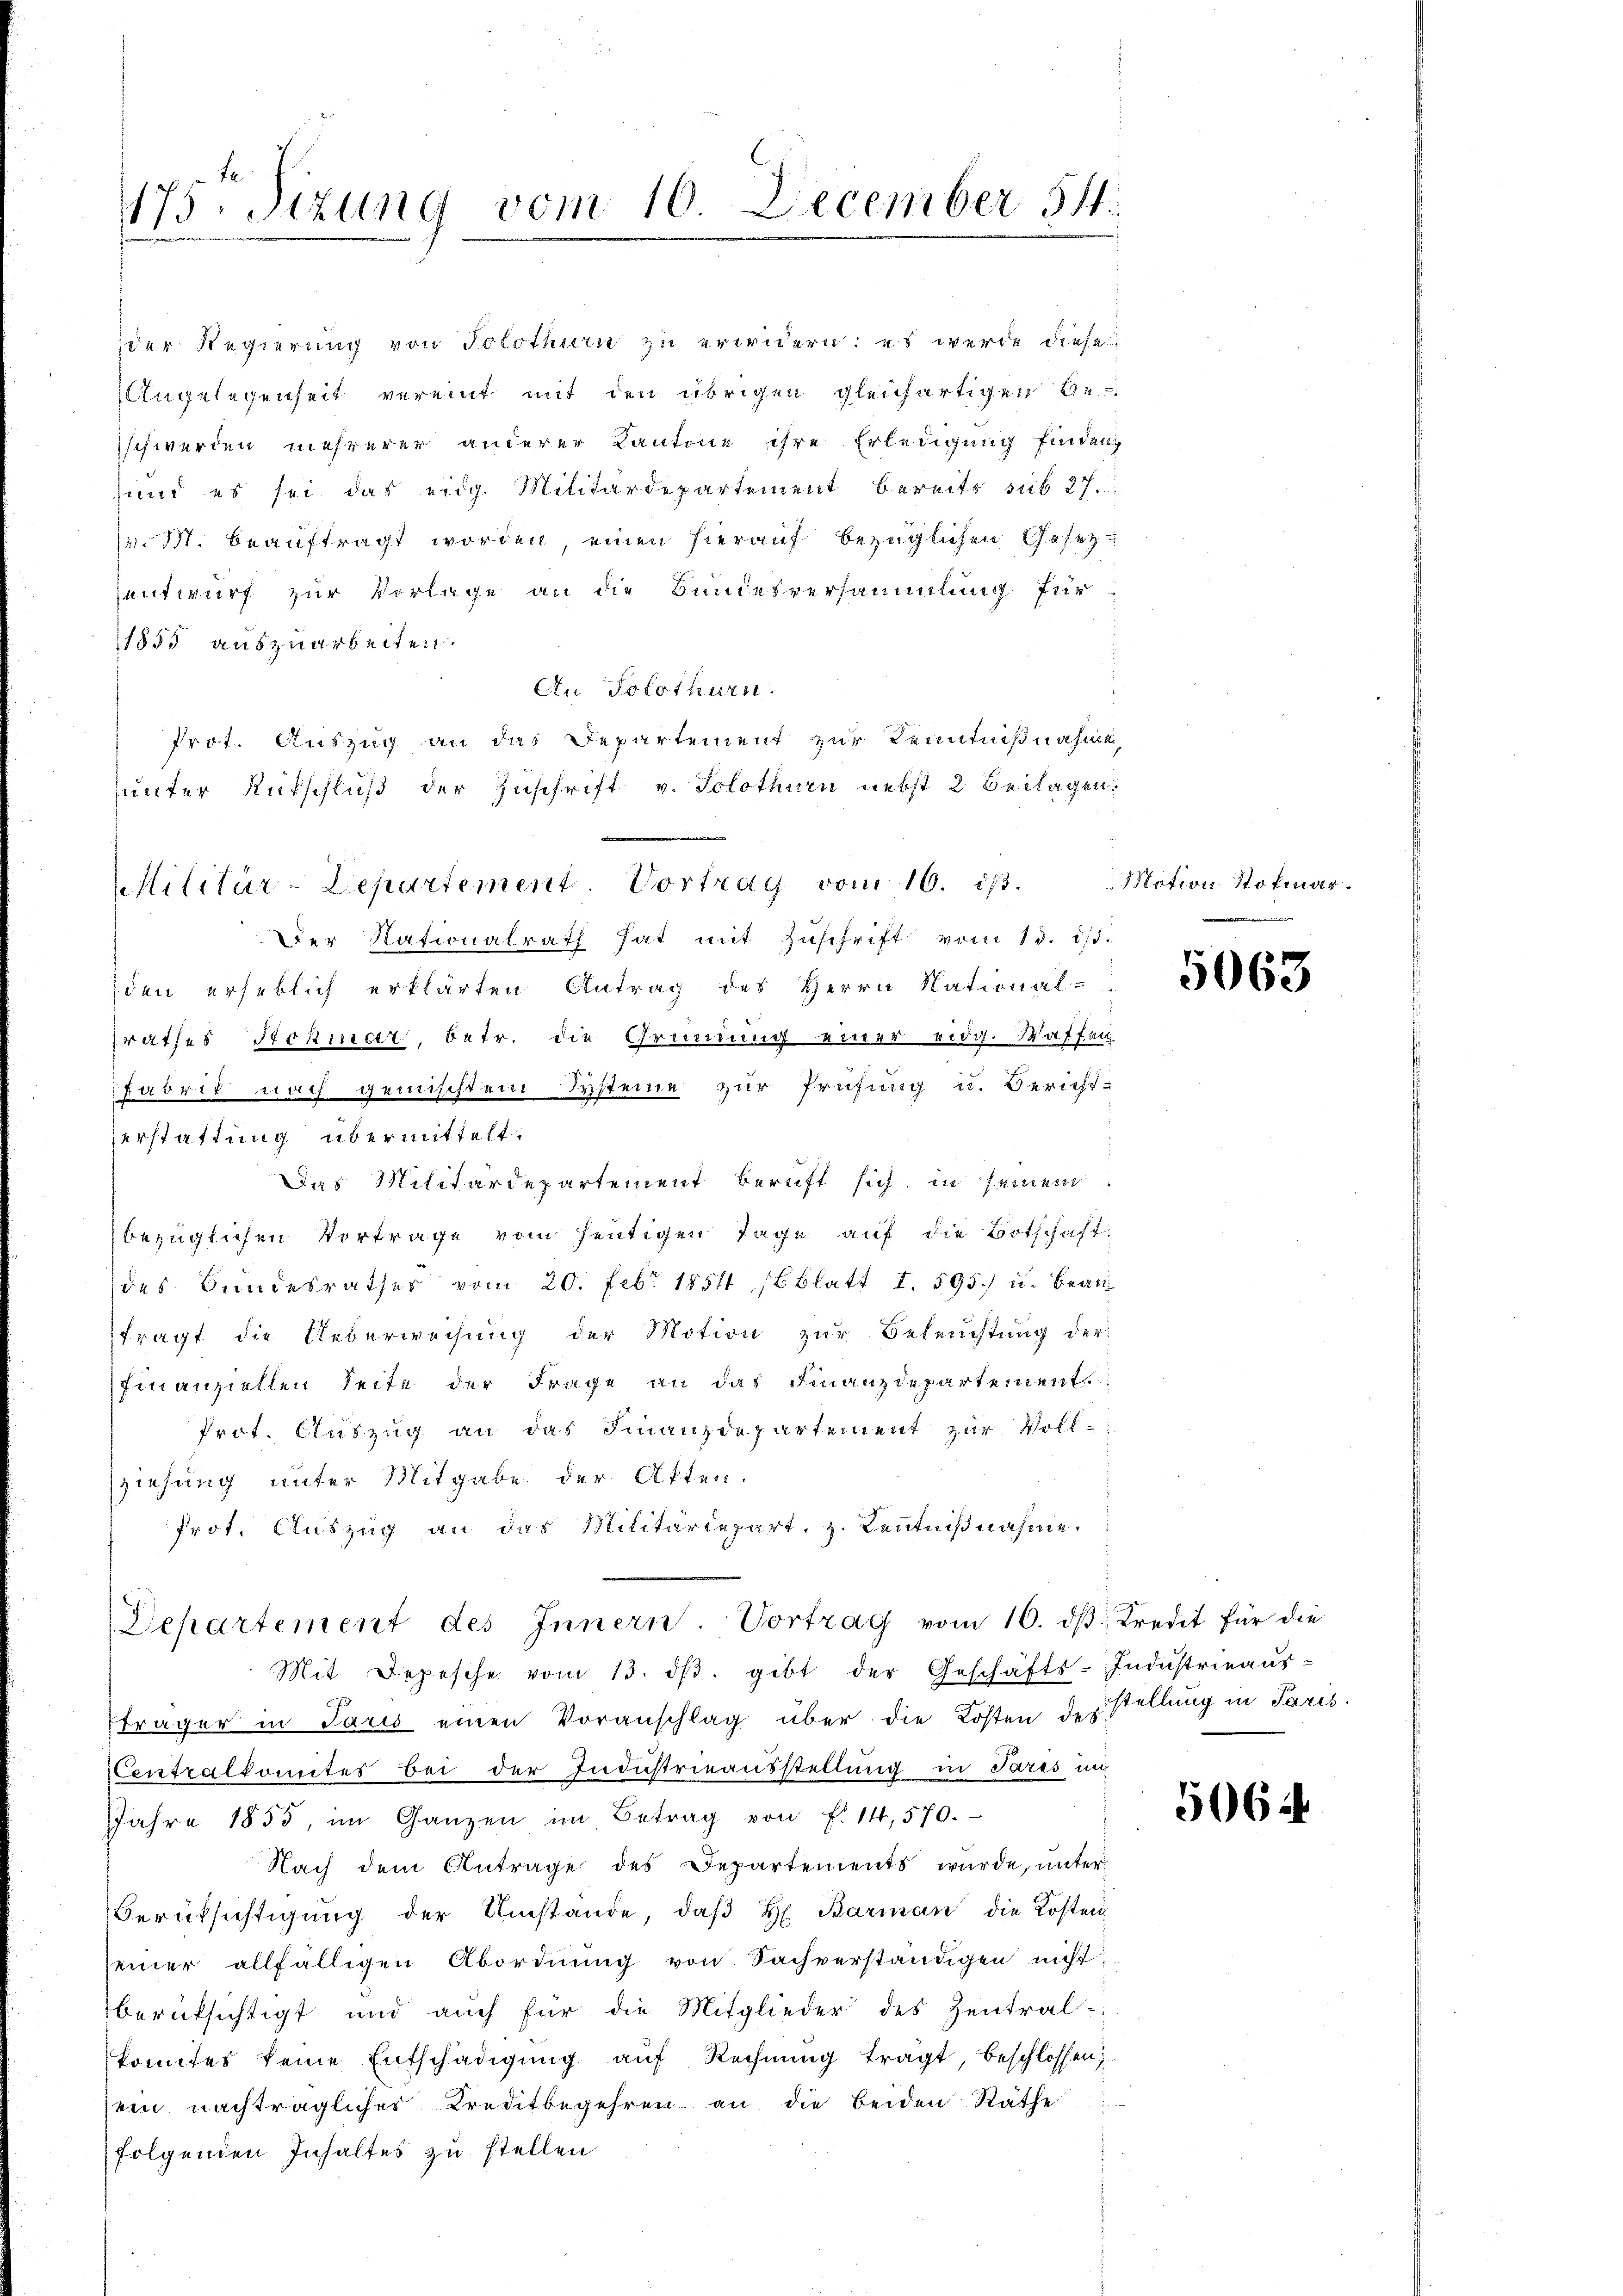
175. Sizung vom 10. December 54.

der Regierung von Solothurn zu erwidern: es werde diese
Angelegenheit vereint mit den übrigen gleichartigen Ge-
schwerden mehrerer anderer Kantone ihre Erledigung finden
sund es sei das eidg. Militärdepartement bereits sub 27.
v. M. beauftragt worden, einen hierauf bezüglichen Gesetzentwurf zur Vorlage an die Bundesversammlung für
1855 auszuarbeiten.
An Solothurn.
Prot. Auszug an das Departement zur Kenntnißnahme,
unter Rutschluß der Zuschrift v. Solothurn nebst 2 Beilagen.
Der Nationalrath hat mit Zuschrift vom 13. d.
den erheblich erklärten Antrag des Herrn National-
srathes Sohner, betr. die Gründung einer eidg. Waffen
Fabrik nach gemischtem Systeme zur Prüfung u. Bericht-
Das Militärdepartement beruft sich in seinem
bezüglichen Vortrage vom heutigen Tage auf die Botschaft:
des Bundesrathes vom 20. Febr. 1854 (Blatt I. 595) u. Bean
fragt die Ueberweisung der Motion zur Beleuchtung der
finanziellen Seite der Frage an das Finanzdepartement
Prot. Auszug an das Finanzdepartement zur Voll-
ziehung unter Mitgabe der Akten.
Prot. Auszug an das Militärdepart, z. Kenntnißnahme.
Departement des Innern. Vortrag vom 10. dβ Kredit für die
Mit Depesche vom 13. dβ. gibt der Geschäfts-Industrieaŭs-
träger in Paris einen Voranschlag über die Kosten des stellung in Paris.
Centralkomites bei der Industrieausstellung in Pares in
JJahre 1855, im Ganzen im Betrag von f. 14, 570.
Nach dem Antrage des Departements wŭrde, ŭnter-
Berüksichtigung der Umstände, daß H. Barman die Kosten
seiner allfälligen Abordnŭng von Sachverständigen nicht
berücksichtigt und auch für die Mitglieder des Zentral-
konntes keine Entschädigung auf Rechnung trägt, beschlossen,
sein nachträgliches Kreditbegehren an die beiden Räthe
folgenden Inhaltes zu stellen

Militär-Departement. Vortrag vom 16. ist.

zerstattung übermittelt.

Motion Hofmar¬

5063

5064